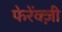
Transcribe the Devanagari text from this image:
फेरेंक्ज़ी